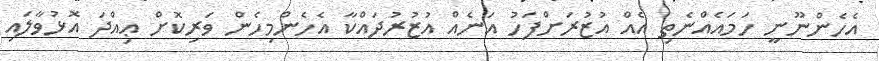
އެހެންނޫނީ ހަމައެއްނެތި އެއް އުޒުރަށްފަހު އަނެއް އުޒުރުދައްކާ އެހެންމިހެން ވަރިކޮށް ޢިއްދަ އޮޅުވާލައި